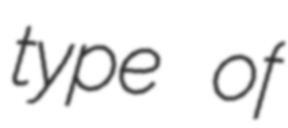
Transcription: type of